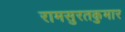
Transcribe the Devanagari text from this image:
रामसुरतकुमार